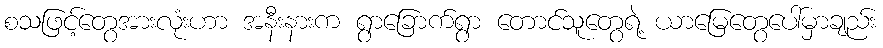
စသဖြင့်တွေအားလုံးဟာ အနီးနားက ရွာခြောက်ရွာ တောင်သူတွေရဲ့ ယာမြေတွေပေါ်မှာချည်း